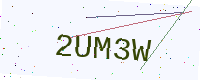
Text: 2UM3W